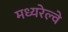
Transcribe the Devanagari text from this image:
मध्यरेल्वे